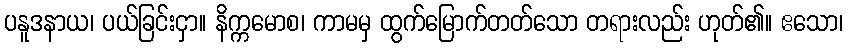
ပနူဒနာယ၊ ပယ်ခြင်းငှာ။ နိက္ကမောစ၊ ကာမမှ ထွက်မြောက်တတ်သော တရားလည်း ဟုတ်၏။ ဧသော၊